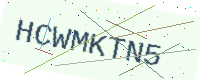
Text: HCWMKTN5